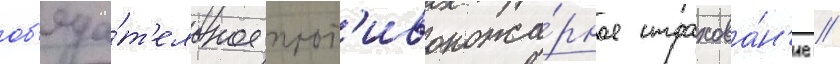
об'яза́т'ельное прот'ивопожа́рное страхова́н'ие //